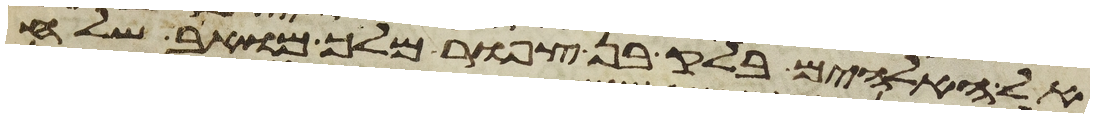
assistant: אל האלהים בלק בן צפור מלך מואב שלח